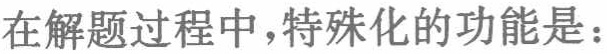
在解题过程中，特殊化的功能是：